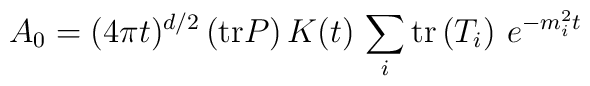
A_{0}=(4\pi t)^{d/2}\left( {\rm tr}P\right) K(t)\,\sum_{i}{\rm tr}\left(T_{i}\right) \,e^{-m_{i}^{2}t}